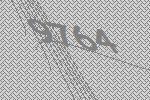
9764